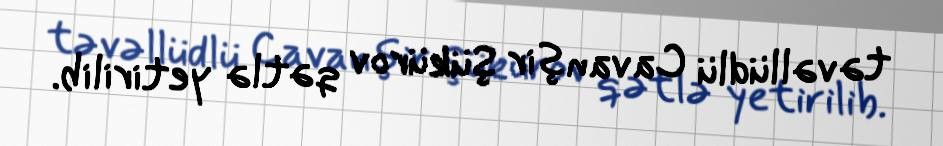
təvəllüdlü Cavanşir Şükürov qətlə yetirilib.